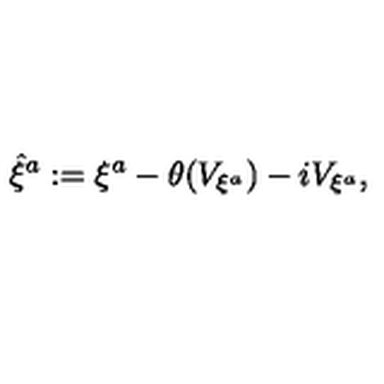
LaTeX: { \hat { \xi } } ^ { a } : = \xi ^ { a } - \theta ( V _ { \xi ^ { a } } ) - i V _ { \xi ^ { a } } ,